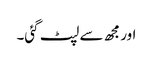
اور مجھ سے لپٹ گئی۔